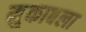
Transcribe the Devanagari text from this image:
मु्काबला